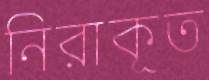
নিরাকূত